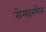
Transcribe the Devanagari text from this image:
रोमहरशेन